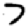
Digit: 7